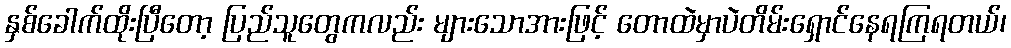
နှစ်ခေါက်ထိုးပြီတော့ ပြည်သူတွေကလည်း များသောအားဖြင့် တောထဲမှာပဲတိမ်းရှောင်နေရကြရတယ်၊